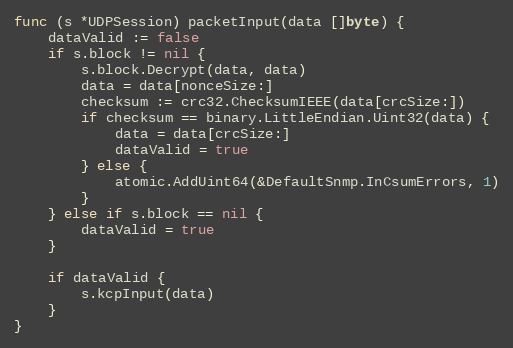
Language: Go
func (s *UDPSession) packetInput(data []byte) {
	dataValid := false
	if s.block != nil {
		s.block.Decrypt(data, data)
		data = data[nonceSize:]
		checksum := crc32.ChecksumIEEE(data[crcSize:])
		if checksum == binary.LittleEndian.Uint32(data) {
			data = data[crcSize:]
			dataValid = true
		} else {
			atomic.AddUint64(&DefaultSnmp.InCsumErrors, 1)
		}
	} else if s.block == nil {
		dataValid = true
	}

	if dataValid {
		s.kcpInput(data)
	}
}